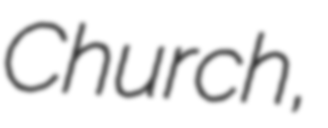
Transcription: Church,